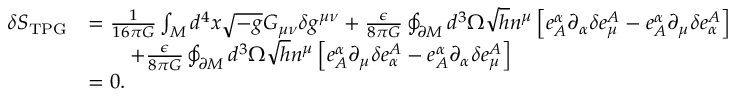
\begin{array} { r l } { \delta S _ { \mathrm { T P G } } } & { = \frac { 1 } { 1 6 \pi G } \int _ { M } d ^ { 4 } x \sqrt { - g } G _ { \mu \nu } \delta g ^ { \mu \nu } + \frac { \epsilon } { 8 \pi G } \oint _ { \partial M } d ^ { 3 } \Omega \sqrt { h } n ^ { \mu } \left[ e _ { A } ^ { \alpha } \partial _ { \alpha } \delta e _ { \mu } ^ { A } - e _ { A } ^ { \alpha } \partial _ { \mu } \delta e _ { \alpha } ^ { A } \right] } \\ & { \qquad + \frac { \epsilon } { 8 \pi G } \oint _ { \partial M } d ^ { 3 } \Omega \sqrt { h } n ^ { \mu } \left[ e _ { A } ^ { \alpha } \partial _ { \mu } \delta e _ { \alpha } ^ { A } - e _ { A } ^ { \alpha } \partial _ { \alpha } \delta e _ { \mu } ^ { A } \right] } \\ & { = 0 . } \end{array}